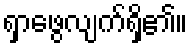
ရှာဖွေလျက်ရှိ၏။